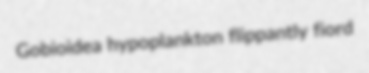
Gobioidea hypoplankton flippantly fiord